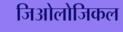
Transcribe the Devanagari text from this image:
जिओलोजिकल